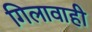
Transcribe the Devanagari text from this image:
गिलावाही